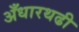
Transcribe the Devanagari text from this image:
अँधारथढी